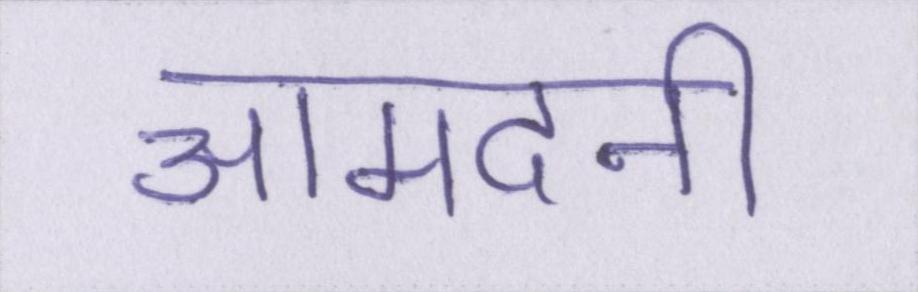
आमदनी